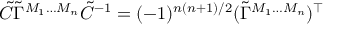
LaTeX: \tilde { C } \tilde { \Gamma } ^ { M _ { 1 } \ldots M _ { n } } \tilde { C } ^ { - 1 } = ( - 1 ) ^ { n ( n + 1 ) / 2 } ( \tilde { \Gamma } ^ { M _ { 1 } \ldots M _ { n } } ) ^ { \top }